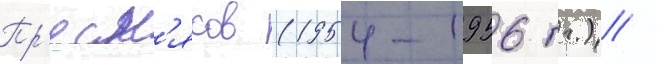
Пр'есн'яков (1954-1956 гг.) /